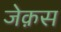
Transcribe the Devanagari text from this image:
जेक़स